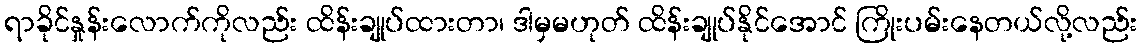
ရာခိုင်နှုန်းလောက်ကိုလည်း ထိန်းချုပ်ထားတာ၊ ဒါမှမဟုတ် ထိန်းချုပ်နိုင်အောင် ကြိုးပမ်းနေတယ်လို့လည်း